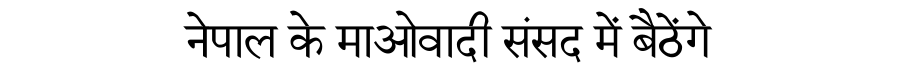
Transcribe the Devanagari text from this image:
नेपाल के माओवादी संसद में बैठेंगे